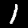
Digit: 1